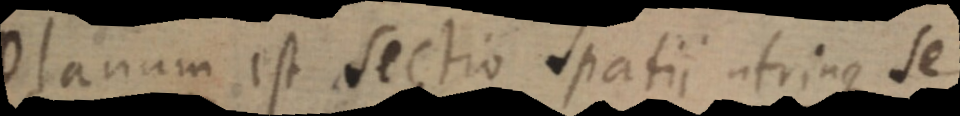
Planum est sectio spatii utrinque se